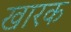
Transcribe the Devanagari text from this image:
खारक